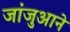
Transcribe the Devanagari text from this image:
जांजुआने